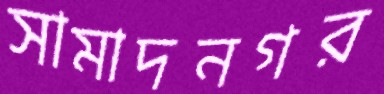
সামাদনগর